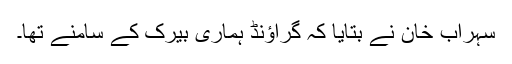
سہراب خان نے بتایا کہ گراؤنڈ ہماری بیرک کے سامنے تھا۔